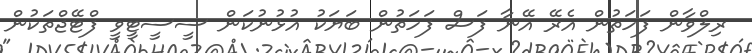
ރިލްވާން ފަހަތުން އެރޭ އޭނާ ފަސް ފަހަތުން ބަޔަކު އުޅުނުކަން ސީސީޓީވީ ފްޓޭޖްތަކުން